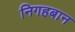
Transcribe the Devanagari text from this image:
निगहबान